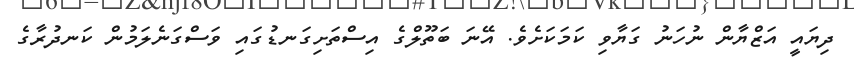
ދިޔައީ އަޒްޔާން ނުހަނު ގަޔާވި ކަމަކަށެވެ. އޭނަ ބަތޫލްގެ އިސްތަށިގަނޑުގައި ވަސްގަނެލަމުން ކަނދުރާގެ